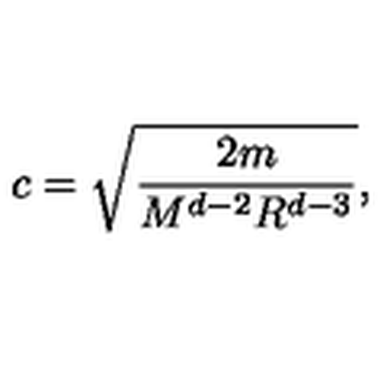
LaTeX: c = \sqrt { \frac { 2 m } { M ^ { d - 2 } R ^ { d - 3 } } } ,